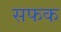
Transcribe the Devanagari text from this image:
सफक